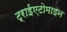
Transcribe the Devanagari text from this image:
ट्राईएटोमाइन